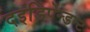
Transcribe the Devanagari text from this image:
दइंडिपेन्डन्ट